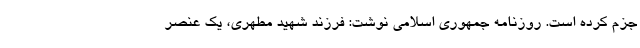
جزم کرده است. روزنامه جمهوری اسلامی نوشت: فرزند شهید مطهری، یک عنصر